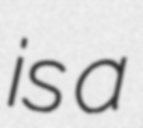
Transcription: is a